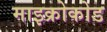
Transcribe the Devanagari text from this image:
माइक्रोकोड